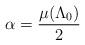
LaTeX: \begin{align*}\alpha = \dfrac{\mu(\Lambda_0)}{2} \end{align*}